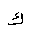
Letter: _kaf